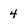
Character: 4